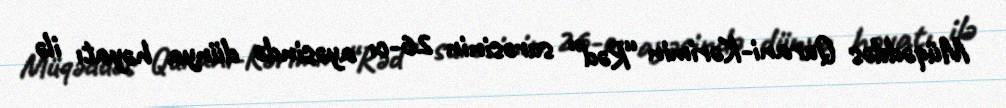
Müqəddəs Qurani-Kərimin “Rəd” surəsinin 26-cı ayəsində dünya həyatı ilə